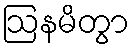
ဩနမိတွာ